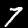
Label: 7